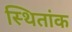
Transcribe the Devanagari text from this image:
स्थितांक